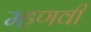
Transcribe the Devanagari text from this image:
म्हणवी